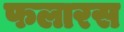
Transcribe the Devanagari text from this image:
फलारस